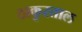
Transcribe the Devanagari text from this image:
ठाकुरताल